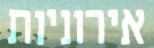
אירוניות